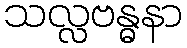
သလ္လဗန္ဓနာ